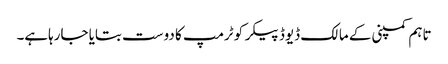
تاہم کمپنی کے مالک ڈیوڈ پیکر کو ٹرمپ کا دوست بتایا جارہاہے۔